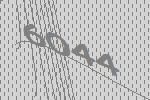
6044